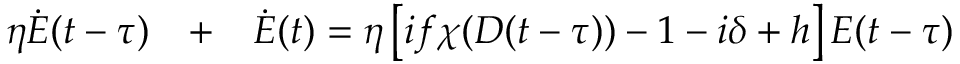
\begin{array} { r l r } { \eta \dot { E } ( t - \tau ) } & { { } + } & { \dot { E } ( t ) = \eta \left[ i f \chi ( D ( t - \tau ) ) - 1 - i \delta + h \right] E ( t - \tau ) } \end{array}